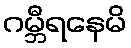
ဂမ္ဘီရနေမိ